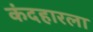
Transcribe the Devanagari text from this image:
कंदहारला